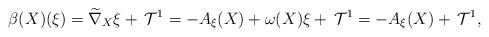
LaTeX: \begin{align*}\beta(X)(\xi)=\widetilde{\nabla}_{X}\xi +\,\mathcal{T}^{1}=- A_{\xi}(X)+\omega(X)\xi+\,\mathcal{T}^{1}=- A_{\xi}(X)+\,\mathcal{T}^{1},\end{align*}